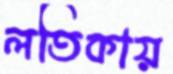
লতিকায়